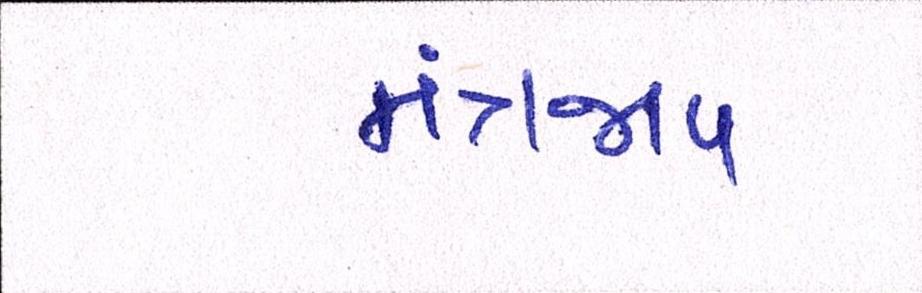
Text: મંત્રજાપ